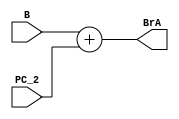
`timescale 1ns / 1ps

module Adder(
    input [31:0] B, PC_2,
    output reg [31:0] BrA
    );

reg C = 0;

always@(*) begin

    BrA = B + PC_2;

end
    
endmodule